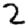
Digit: 2